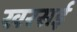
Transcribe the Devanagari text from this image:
खरसई